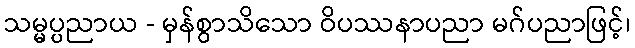
သမ္မပ္ပညာယ - မှန်စွာသိသော ဝိပဿနာပညာ မဂ်ပညာဖြင့်၊